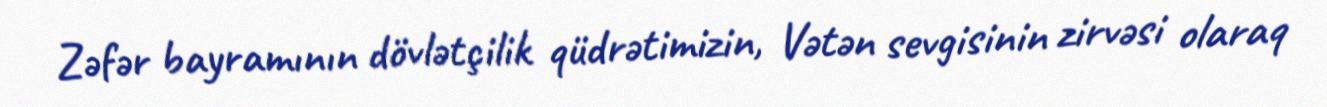
Zəfər bayramının dövlətçilik qüdrətimizin, Vətən sevgisinin zirvəsi olaraq